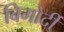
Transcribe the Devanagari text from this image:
बिगोर्दी